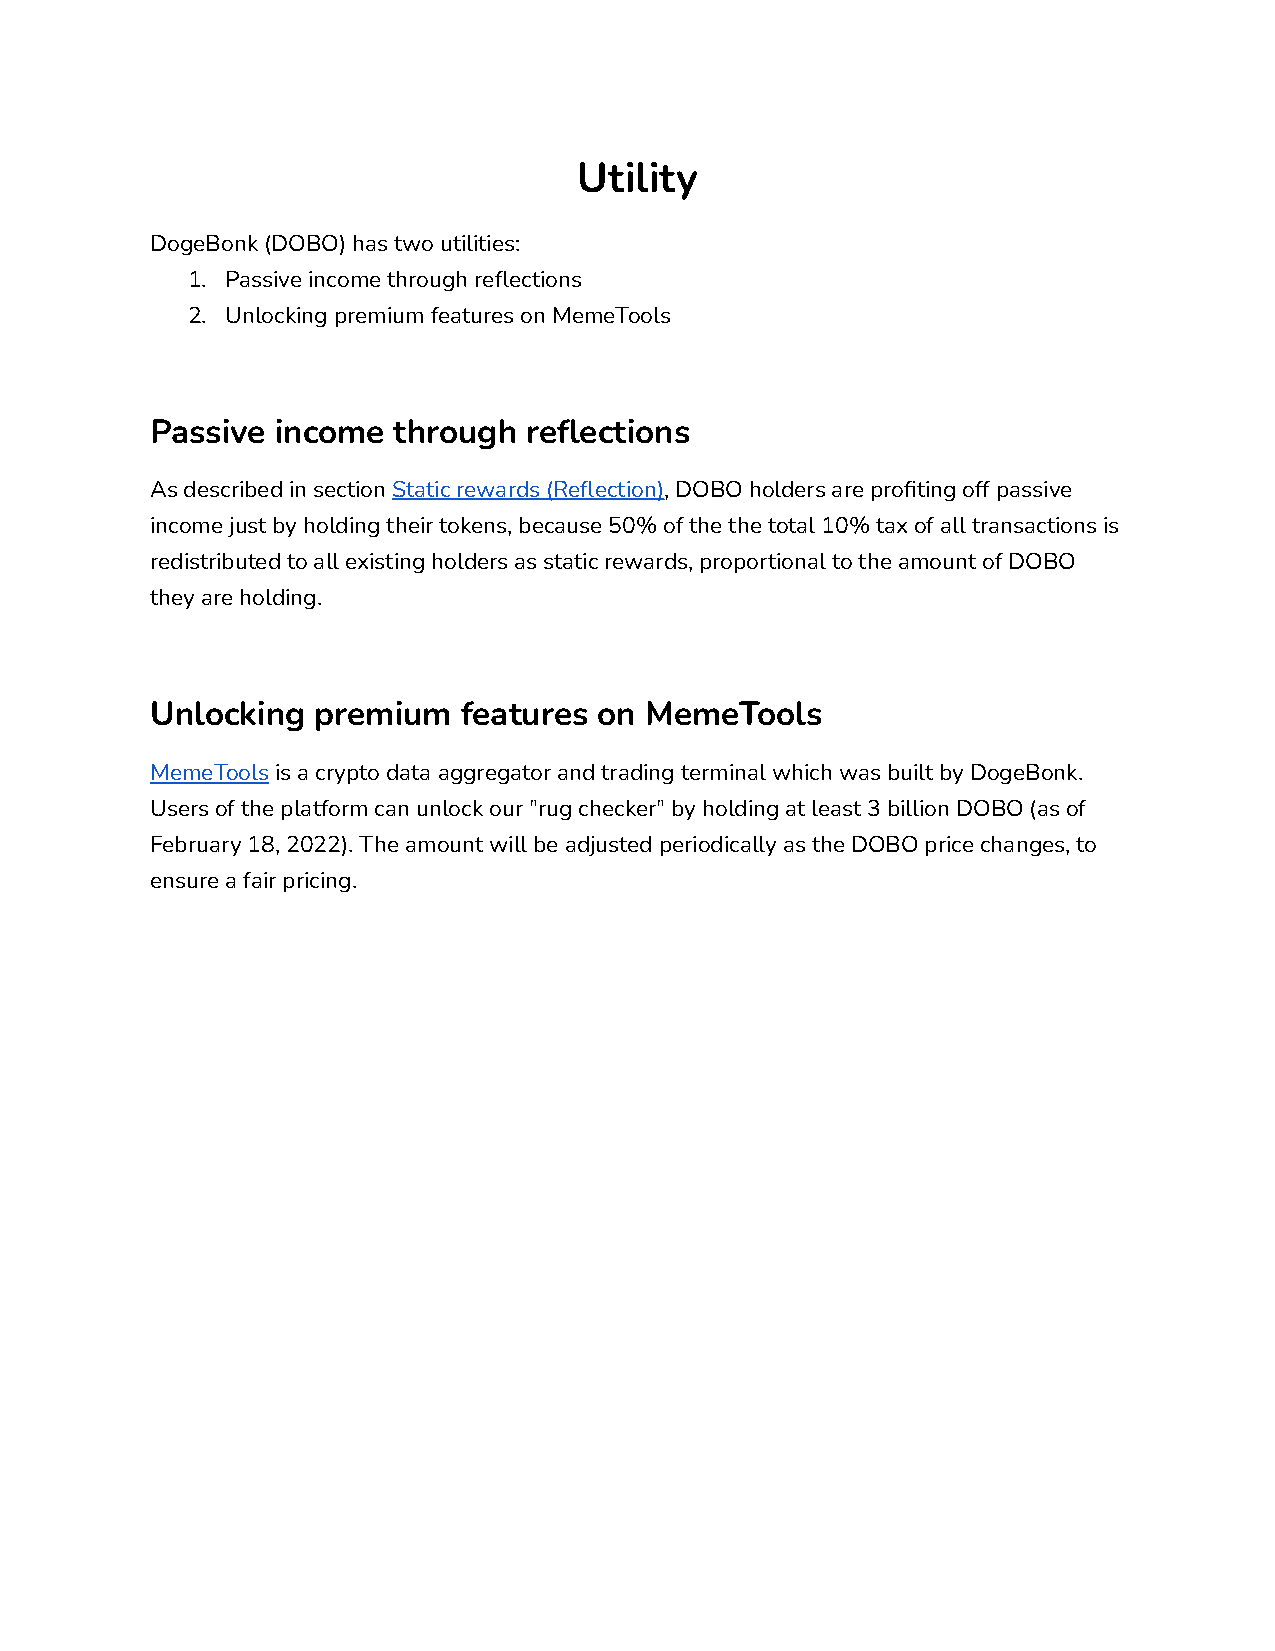
Utility
 DogeBonk (DOBO) has two utilities:
 1. Passive income through reflections
 2. Unlocking premium features on MemeTools
 Passive income  through  reflections
 As described in sectionStatic rewards (Reflection),DOBO holders are profiting off passive
 income just by holding their tokens, because 50% of the the total 10% tax of all transactions is
 redistributed to all existing holders as static rewards, proportional to the amount of DOBO
 they are holding.
 Unlocking  premium  features  on MemeTools
 MemeToolsis a crypto data aggregator and tradingterminal which was built by DogeBonk.
 Users of the platform can unlock our "rug checker" by holding at least 3 billion DOBO (as of
 February 18, 2022). The amount will be adjusted periodically as the DOBO price changes, to
 ensure a fair pricing.